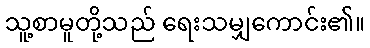
သူ့စာမူတို့သည် ရေးသမျှကောင်း၏။